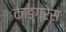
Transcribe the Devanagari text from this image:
काङ्ग्रेस